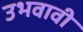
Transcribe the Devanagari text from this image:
उभवावी